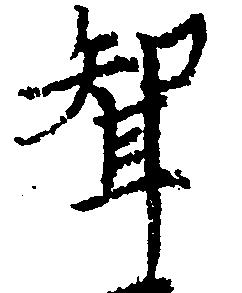
聟